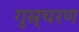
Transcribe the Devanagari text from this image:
गुस्र्चरण